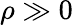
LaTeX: \rho\gg 0